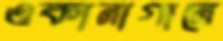
ওকানাগানে